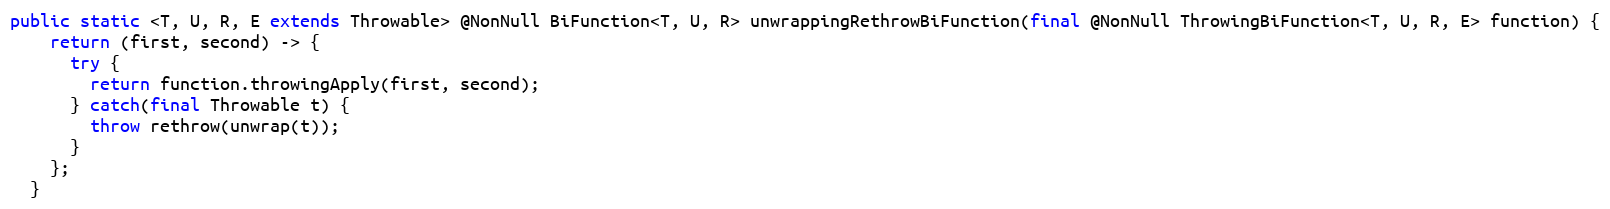
Language: Java
public static <T, U, R, E extends Throwable> @NonNull BiFunction<T, U, R> unwrappingRethrowBiFunction(final @NonNull ThrowingBiFunction<T, U, R, E> function) {
    return (first, second) -> {
      try {
        return function.throwingApply(first, second);
      } catch(final Throwable t) {
        throw rethrow(unwrap(t));
      }
    };
  }